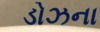
ડોઝના